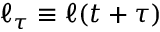
\ell _ { \tau } \equiv \ell ( t + \tau )